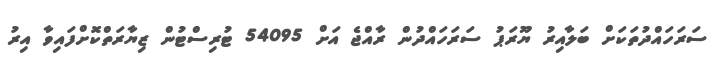
ސަރަހައްދުތަކަށް ބަލާއިރު ޔޫރަޕު ސަރަހައްދުން ރާއްޖެ އަށް 54095 ޓުރިސްޓުން ޒިޔާރަތްކޮށްފައިވާ އިރު